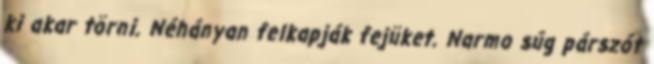
ki akar törni. Néhányan felkapják fejüket. Narmo súg párszót